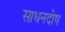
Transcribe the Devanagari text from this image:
साधनदोष